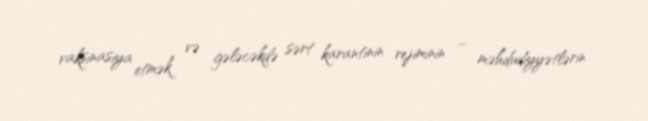
vaksinasiya etmək və gələcəkdə sərt karantinin rejiminin – məhdudiyyətlərin